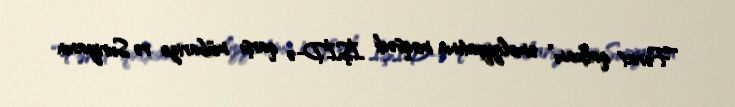
“Fərat qalxanı” əməliyyatının məqsədi İŞİD-ə qarşı mübarizə və Suriyanın